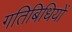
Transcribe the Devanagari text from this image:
गतिबिधियों